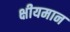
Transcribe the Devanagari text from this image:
क्षीयमान